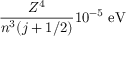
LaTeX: { \frac { Z ^ { 4 } } { n ^ { 3 } ( j + 1 / 2 ) } } 1 0 ^ { - 5 } { \mathrm { ~ e V } }